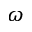
\omega